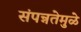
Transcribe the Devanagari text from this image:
संपन्नतेमुळे